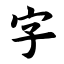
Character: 字